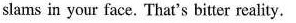
slams in your face. That's bitter reality,